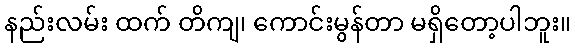
နည်းလမ်း ထက် တိကျ၊ ကောင်းမွန်တာ မရှိတော့ပါဘူး။